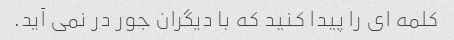
کلمه ای را پیدا کنید که با دیگران جور در نمی آید.